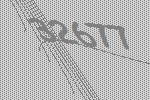
32677